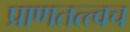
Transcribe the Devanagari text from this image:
प्राणतत्त्वच